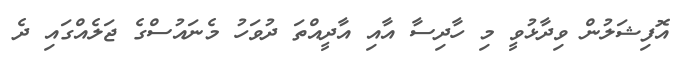
އޮފިޝަލުން ވިދާޅުވީ މި ހާދިސާ އާއި އާދީއްތަ ދުވަހު މެނައުސްގެ ޖަލެއްގައި ދެ